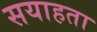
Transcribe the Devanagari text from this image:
सयाहता